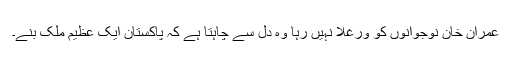
عمران خان نوجوانوں کو ورغلا نہیں رہا وہ دل سے چاہتا ہے کہ پاکستان ایک عظیم ملک بنے۔